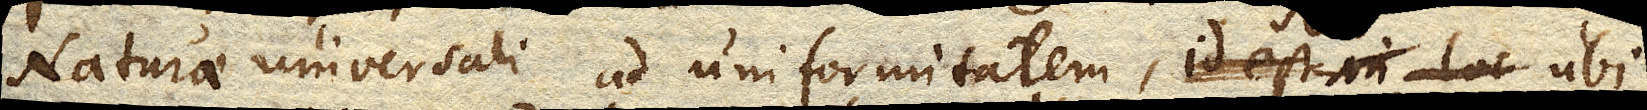
Naturae universali ad uniformitatem, id est in loc seu ubi